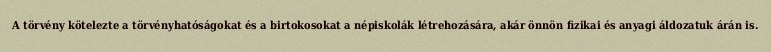
A törvény kötelezte a törvényhatóságokat és a birtokosokat a népiskolák létrehozására, akár önnön fizikai és anyagi áldozatuk árán is.